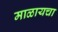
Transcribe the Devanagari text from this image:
माळायचा